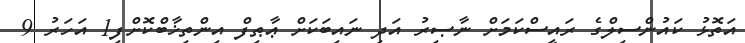
އަތޮޅު ކައުންސިލްގެ ރައީސްކަމަށް ނާޞިރު އަދި ނައިބަކަށް ޢާޠިފް އިންތިޚާބްކޮށްފި1 އަހަރު 9